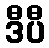
ဒီပီ